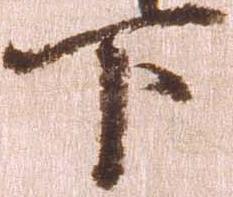
下